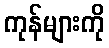
ကုန်များကို